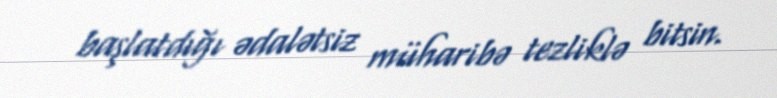
başlatdığı ədalətsiz müharibə tezliklə bitsin.